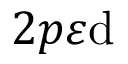
2 p \varepsilon \mathrm { d }